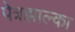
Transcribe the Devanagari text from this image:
पेत्रझाल्का